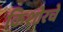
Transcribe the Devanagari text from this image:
किशोरचे